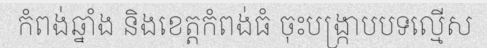
កំពង់ឆ្នាំង និងខេត្តកំពង់ធំ ចុះបង្ក្រាបបទល្មើស